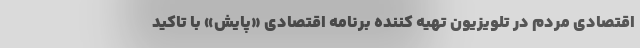
اقتصادی مردم در تلویزیون تهیه کننده برنامه اقتصادی «پایش» با تاکید